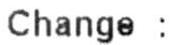
CHANGE :